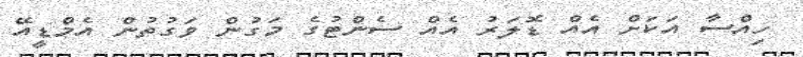
ހިއްސާ އަކަށް އެއް ޑޮލަރު އެއް ސެންޓުގެ މަގުން ވަގުތުން އެމްޑީއޭ